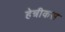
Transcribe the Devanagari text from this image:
हेन्रीकस